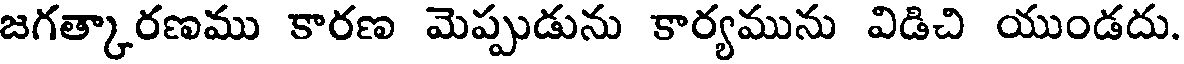
జగత్కారణము కారణ మెప్పుడును కార్యమును విడిచి యుండదు.